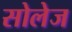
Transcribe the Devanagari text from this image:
सोलेज